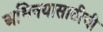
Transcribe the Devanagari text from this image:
अभिनयासाठीची